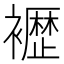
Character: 𫌕